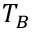
T _ { B }